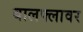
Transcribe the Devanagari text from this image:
बालफ्लावर